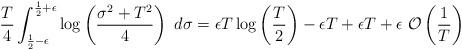
LaTeX: \begin{align*} \frac{T}{4}\int_{\frac{1}{2}-\epsilon}^{\frac{1}{2}+\epsilon}\log \left(\frac{\sigma^2+T^2}{4}\right)\ d\sigma&=\epsilon T \log\left(\frac{T}{2}\right)-\epsilon T+\epsilon T+\epsilon\ \mathcal{O}\left(\frac{1}{T}\right) \end{align*}